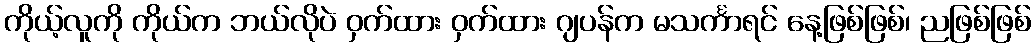
ကိုယ့်လူကို ကိုယ်က ဘယ်လိုပဲ ဝှက်ထား ဝှက်ထား ဂျပန်က မသင်္ကာရင် နေ့ဖြစ်ဖြစ်၊ ညဖြစ်ဖြစ်